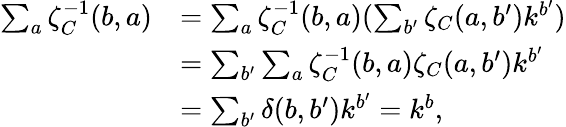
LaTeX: \begin{array}{rl}{\sum_{a}\zeta_{C}^{-1}(b,a)}&{=\sum_{a}\zeta_{C}^{-1}(b,a)(\sum_{b^{\prime}}\zeta_{C}(a,b^{\prime})k^{b^{\prime}})}\\ &{=\sum_{b^{\prime}}\sum_{a}\zeta_{C}^{-1}(b,a)\zeta_{C}(a,b^{\prime})k^{b^{\prime}}}\\ &{=\sum_{b^{\prime}}\delta(b,b^{\prime})k^{b^{\prime}}=k^{b},}\end{array}